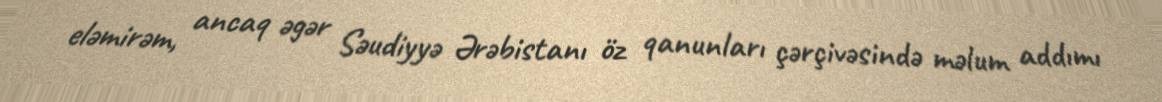
eləmirəm, ancaq əgər Səudiyyə Ərəbistanı öz qanunları çərçivəsində məlum addımı